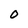
Character: 0